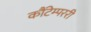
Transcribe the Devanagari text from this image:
कौंटेम्पररी